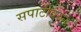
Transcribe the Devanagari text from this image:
सपाटीवरुन